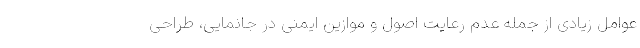
عوامل زیادی از جمله عدم رعایت اصول و موازین ایمنی در جانمایی، طراحی